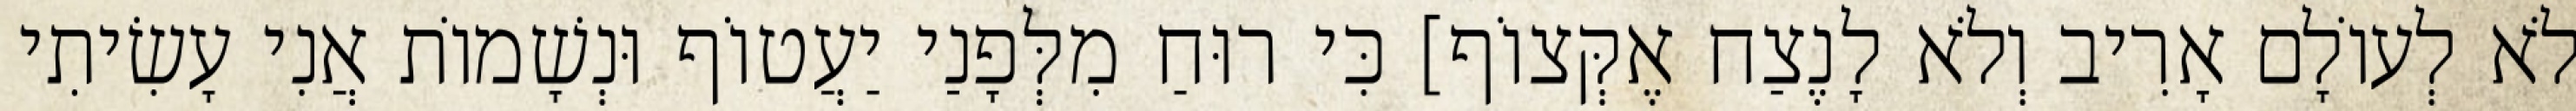
לֹא לְעוֹלָם אָרִיב וְלֹא לָנֶצַח אֶקְּצוֹף] כִּי רוּחַ מִלְּפָנַי יַעֲטוֹף וּנְשָׁמוֹת אֲנִי עָשִׂיתִי